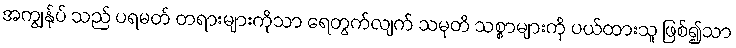
အကျွန်ုပ် သည် ပရမတ် တရားများကိုသာ ရေတွက်လျက် သမုတိ သစ္စာများကို ပယ်ထားသူ ဖြစ်၍သာ